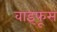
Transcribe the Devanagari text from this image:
वाइफूस